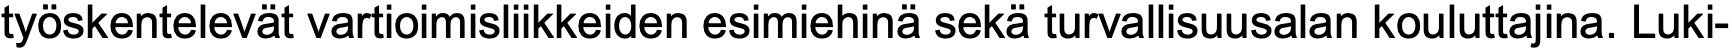
työskentelevät vartioimisliikkeiden esimiehinä sekä turvallisuusalan kouluttajina. Luki-